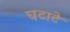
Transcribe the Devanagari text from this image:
घटाटे